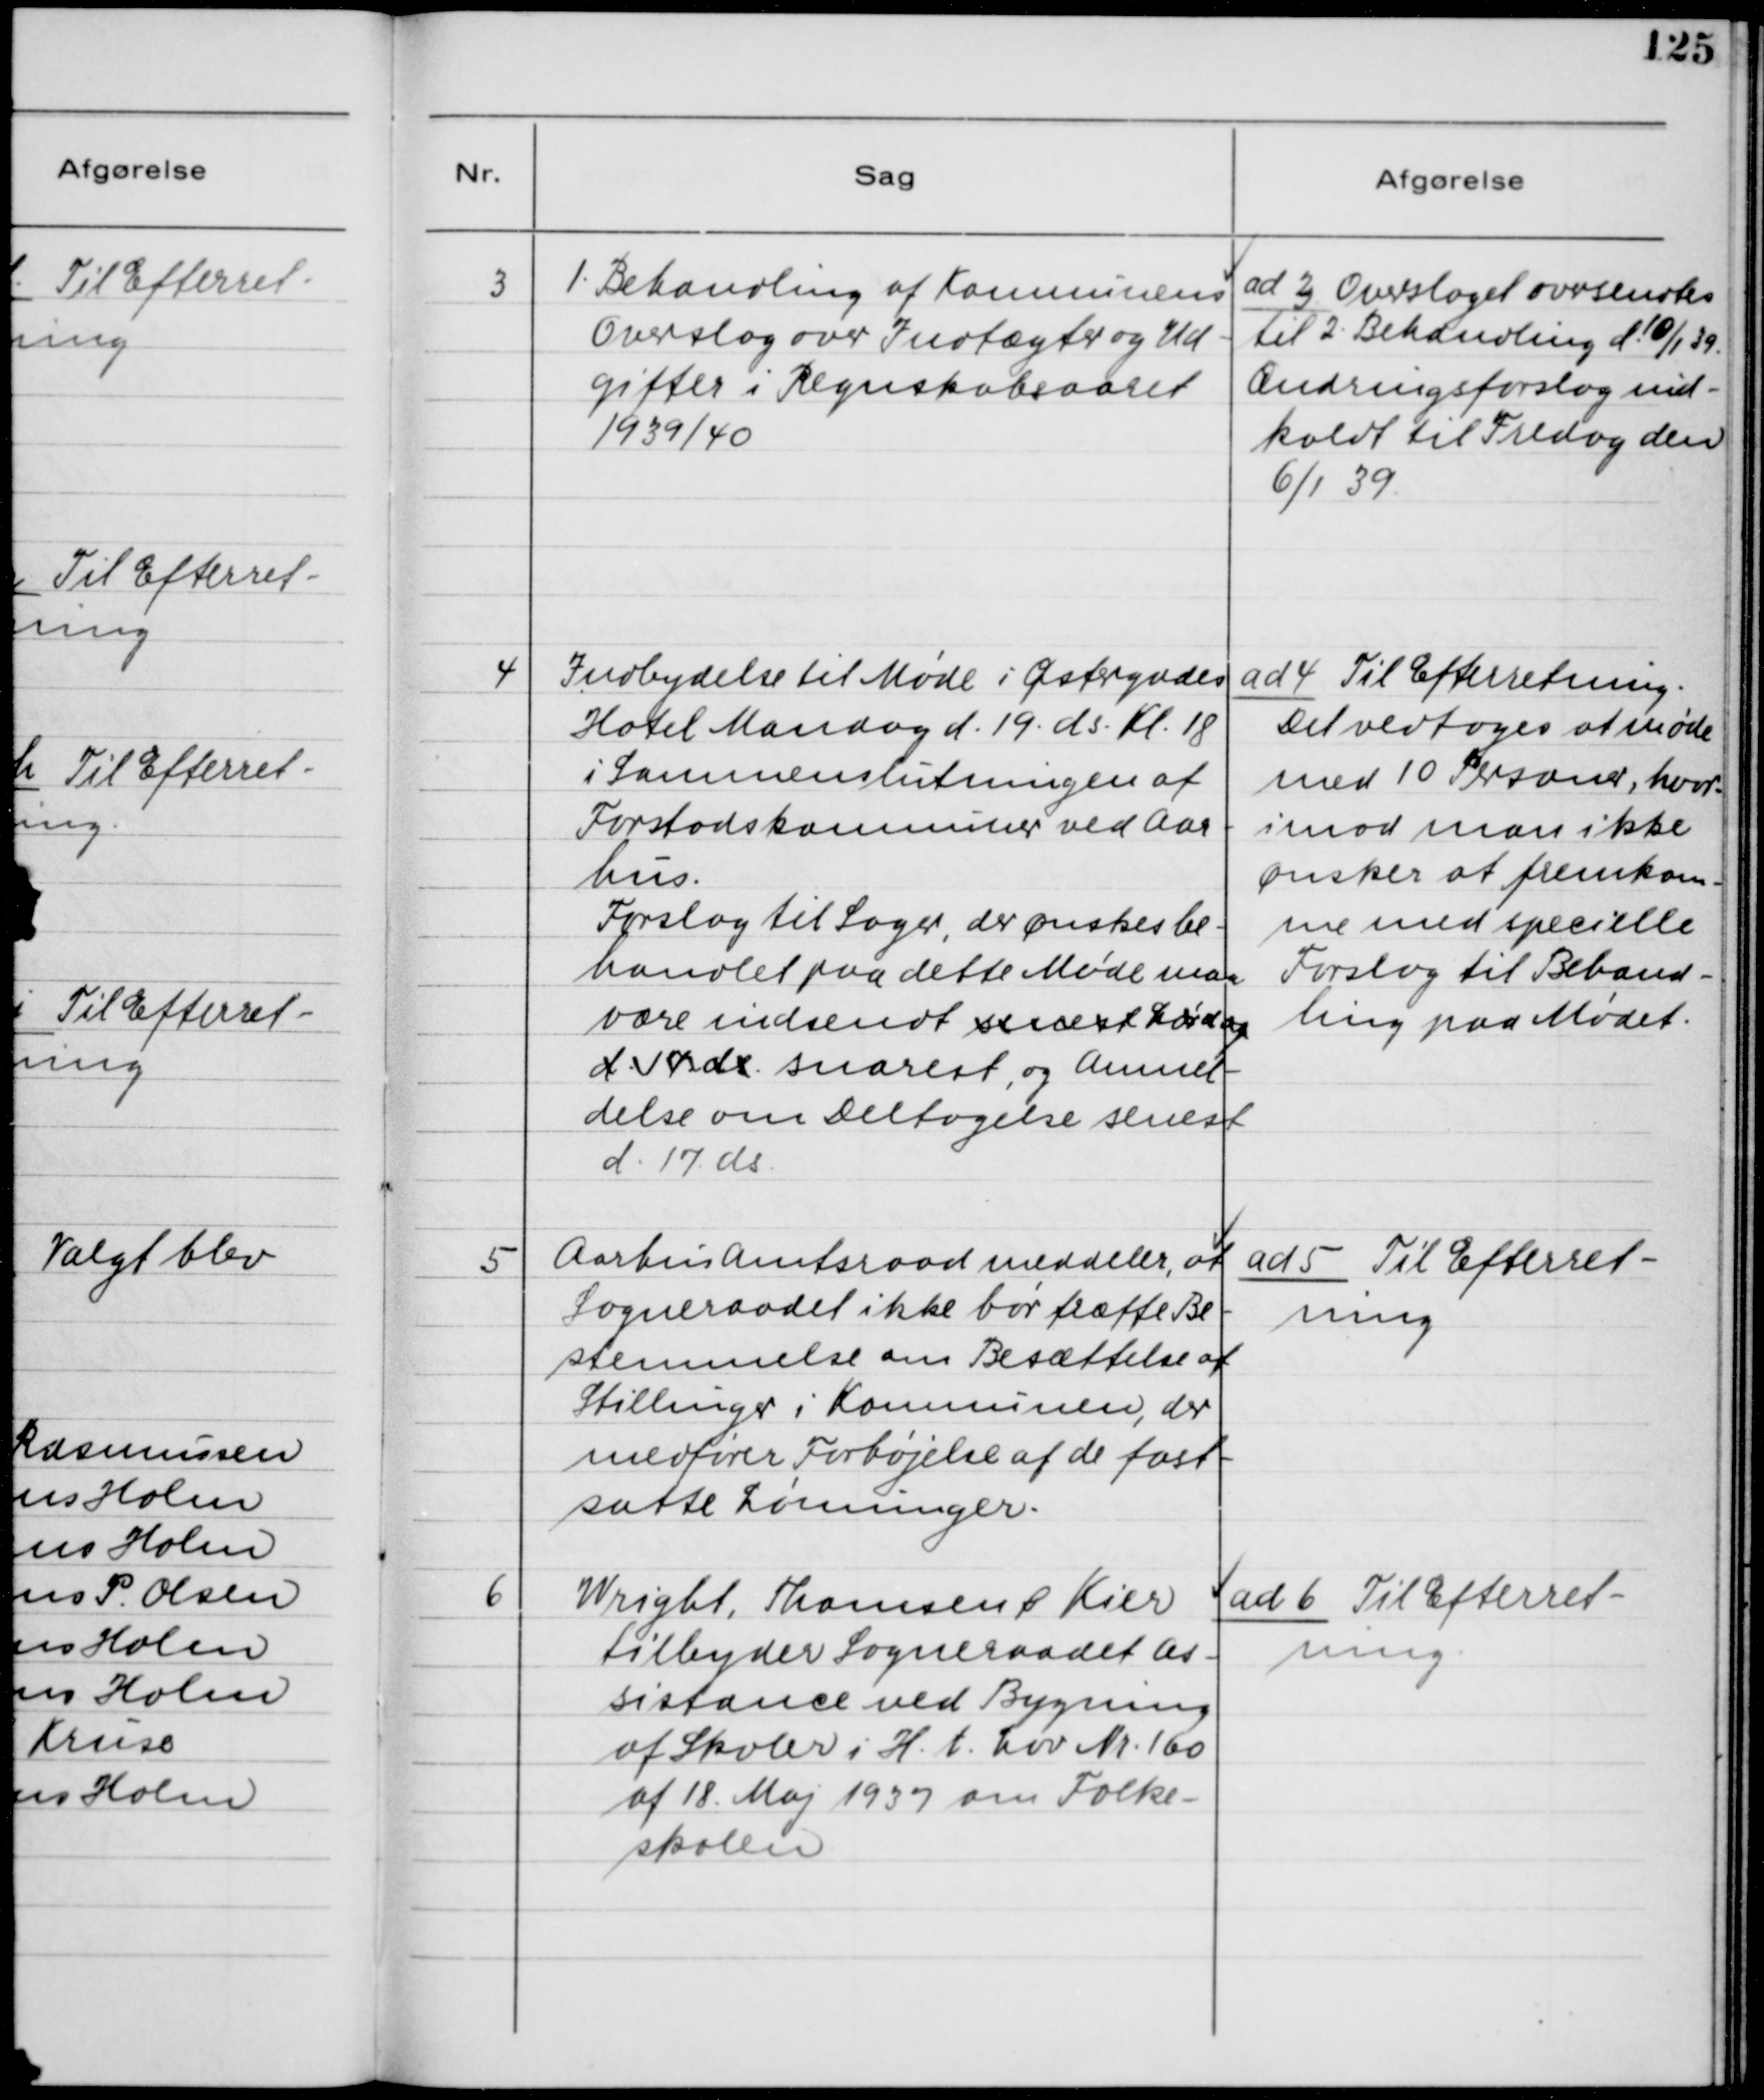
Transskription:
3. 1. Behandling af Kommunens
Overslag over Indtægter og Ud-
gifter i Regnskabsaaret
1939/40

ad 3. Overslaget oversendes
til 2. Behandling d. 10/1 39.
Ændringsforslag ind-
kaldt til Fredag den
6/1 39

4. Indbydelse til Møde i Østergades
Hotel Mandag d. 19. ds. Kl. 18
i Sammenslutningen af
Forstadskommuner ved Aar-
hus.
Forslag til Sager, der ønskes be-
handlet paa dette Møde maa
være indsendt senest Lørdag
d. 11 ds. snarest, og Anmel-
delse om Deltagelse senest
d. 17. ds.

ad 4. Til Efterretning.
Det vedtoges at møde
med 10 Personer, hvor-
imod man ikke
ønsker at fremkom-
me med specielle
Forslag til Behand-
ling paa Mødet.

5. Aarhus Amtsraad meddeler, at
Sogneraadet ikke bør træffe Be-
stemmelse om Besættelse af
Stillinger i Kommunen, der
medfører Forhøjelse af de fast-
satte Lønninger.

ad 5. Til Efterret-
ning

6. Wright, Thomsen & Kier
tilbyder Sogneraadet As-
sistance ved Bygning
af Skoler i H.t. Lov Nr. 160
af 18. Maj 1937 om Folke-
skolen.

ad 6. Til Efterret-
ning